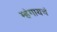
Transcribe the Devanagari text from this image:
म्हंगायचं